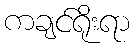
ကချင်ရိုးရာ